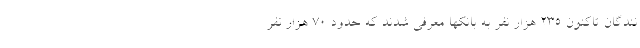
نندگان تاکنون ۲۳۵ هزار نفر به بانکها معرفی شدند که حدود ۷۰ هزار نفر